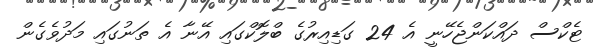
ޓެކްސް ދައްކަންޖެހޭނީ އެ 24 ގަޑިއިރުގެ ބްލޮކްގައި އޭނާ އެ ތަނުގައި މަދުވެގެން